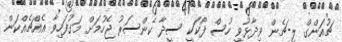
ޗުއަންގް ލީ-ޗެން ވިދާޅުވީ ހުސް ފޯކަކީ ސީދާ ކެންސަރު ޖެހުމަށް މަގުފަހިވާ އެއްޗެއްކަން